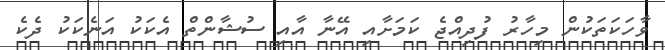
ވާހަކަތަކުން މިހާރު ފުދިއްޖެ ކަމަށާއި އޭނާ އާއި ސުޝާންތް އެކަކު އަނެކަކު ދެކެ